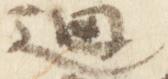
廻